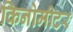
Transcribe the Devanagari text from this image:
किनोमीटर